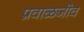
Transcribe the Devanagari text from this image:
प्रवाळजीव